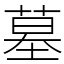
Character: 墓